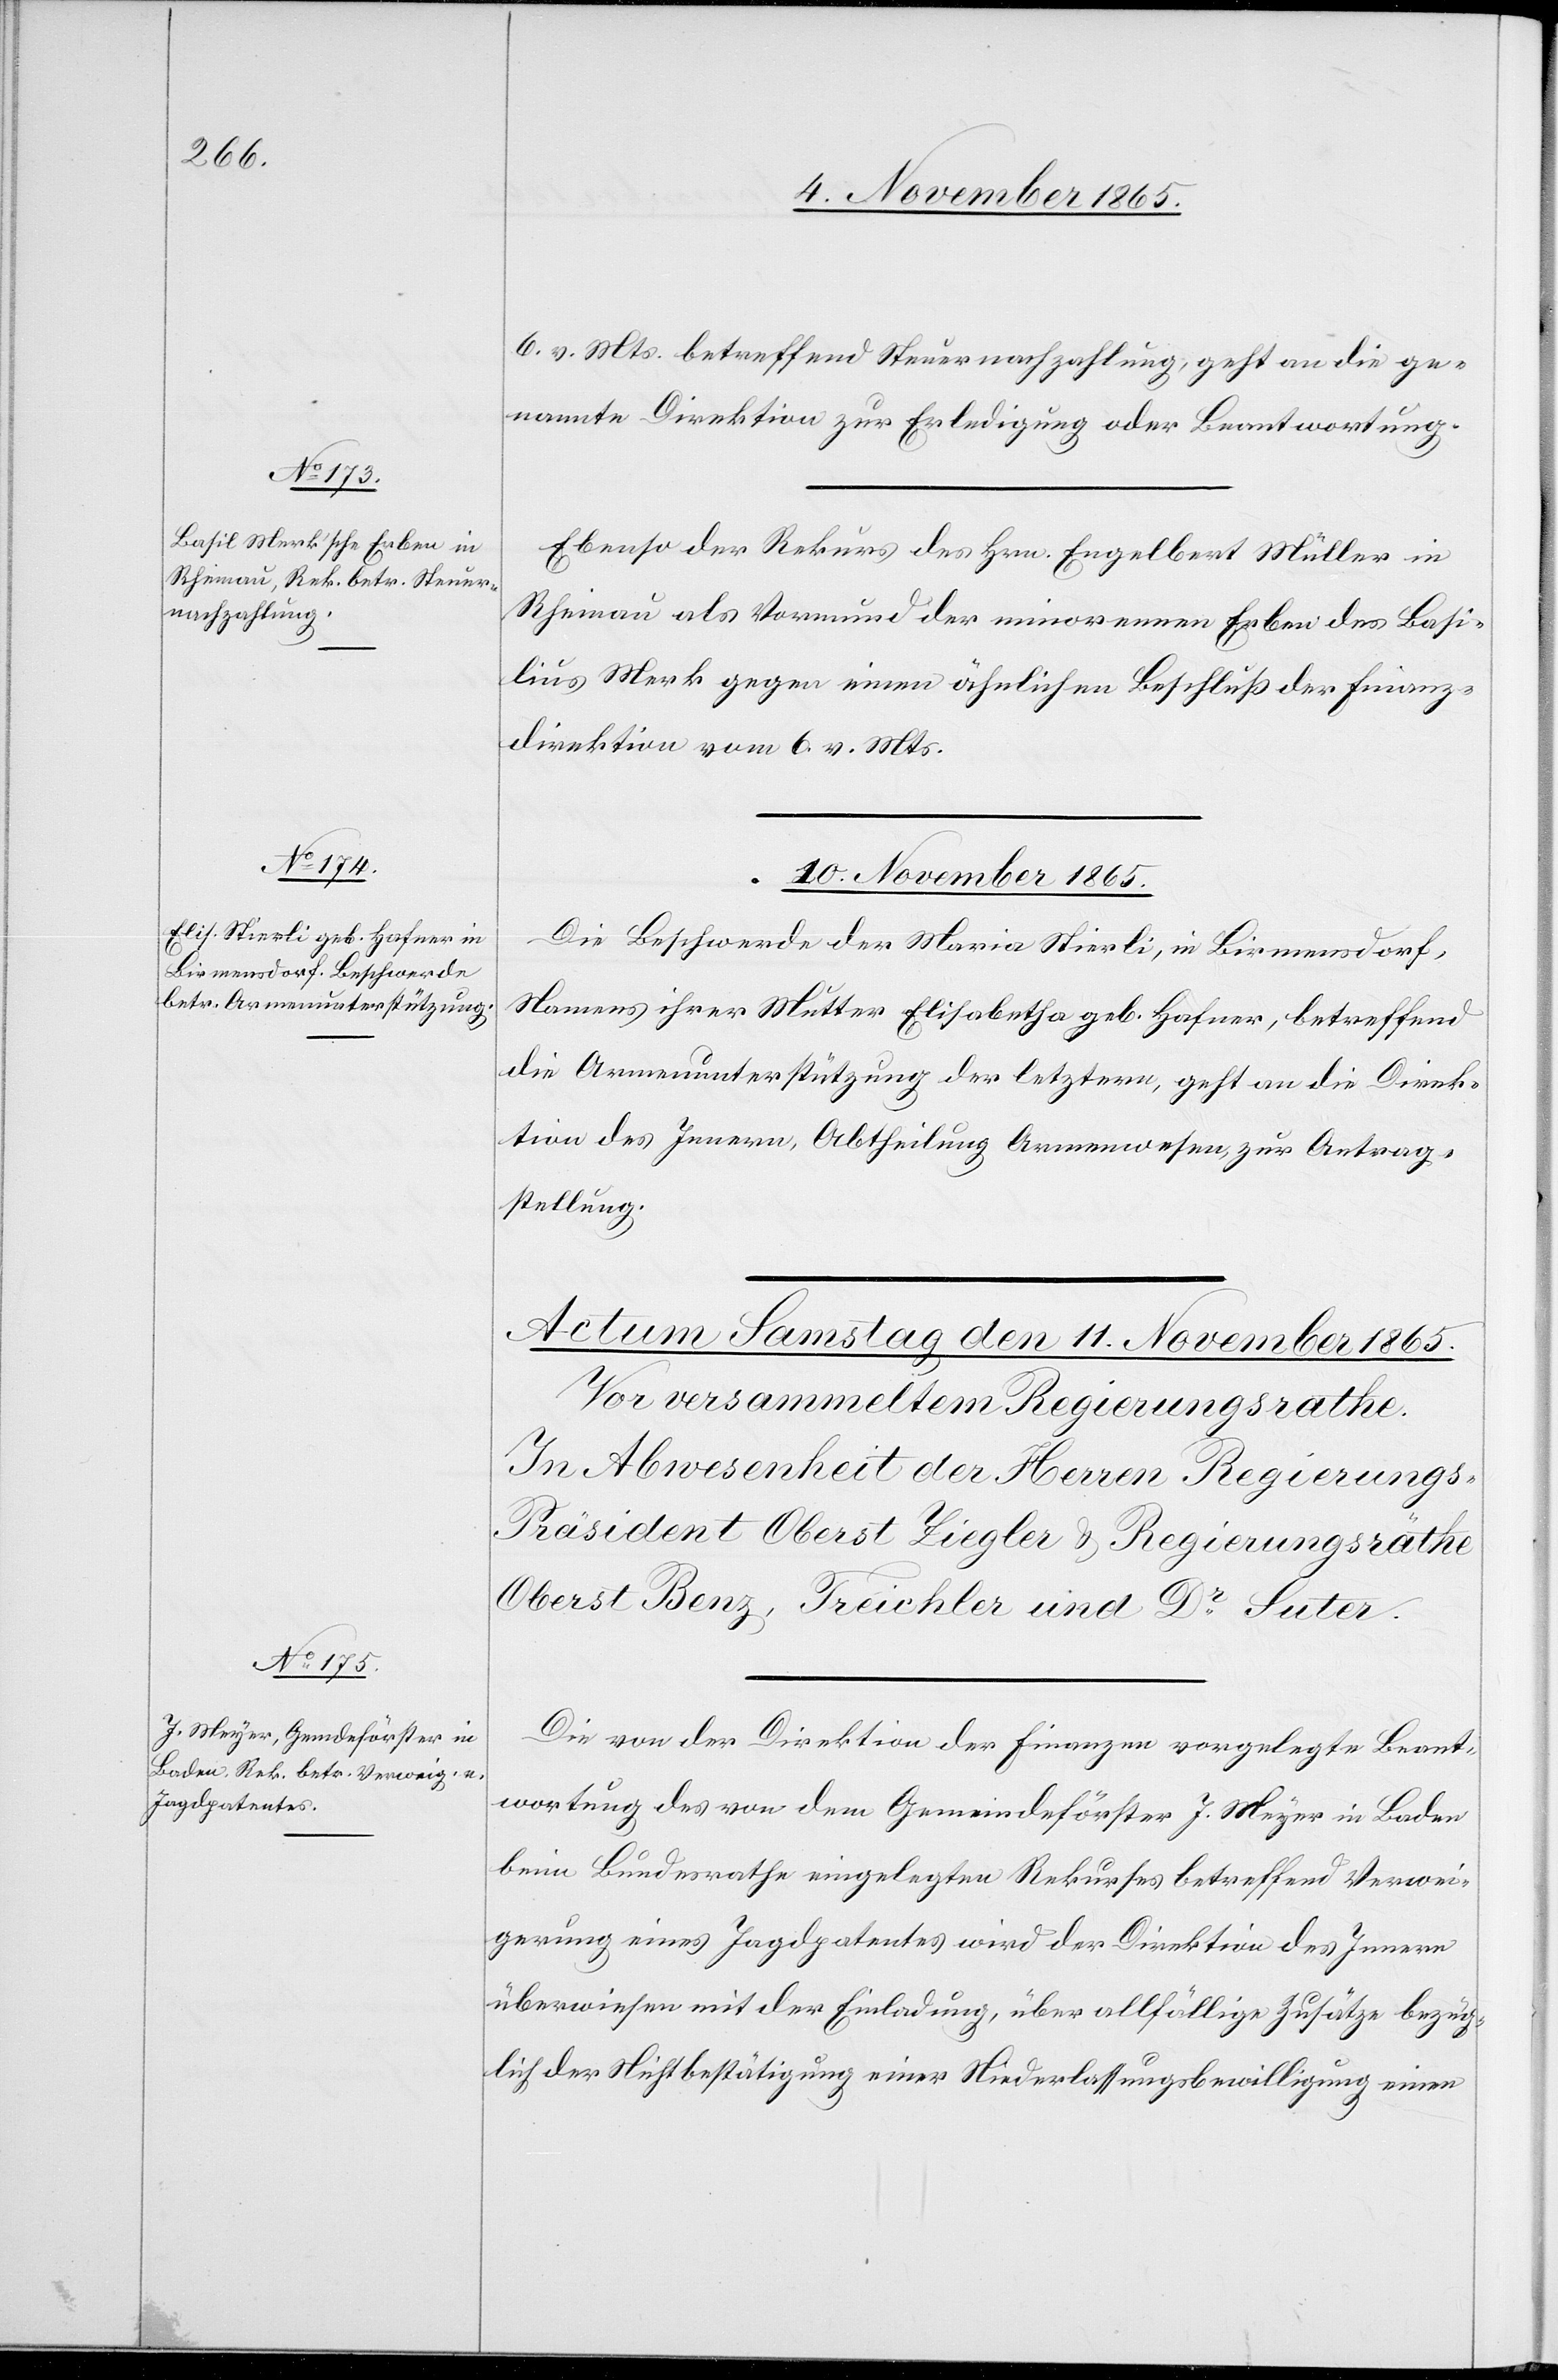
9. November 1865.]
6. v. Mts. betreffend Steuernachzahlung, geht an die ge¬
nannte Direktion zur Erledigung oder Beantwortung.
Ebenso der Rekurs des Hrn. Engelbert Müller in
Rheinau als Vormund der minorennen Erben des Basi¬
lius Merk gegen einen ähnlichen Beschluß der Finanz¬
direktion vom 6. v. Mts.
10. November 1865.
Die Beschwerde der Maria Stierli, in Birmensdorf,
Namens ihrer Mutter Elisabetha geb. Hafner, betreffend
die Armenunterstützung der letztern, geht an die Direk¬
tion des Innern, Abtheilung Armenwesen, zur Antrag¬
stellung.
Die von der Direktion der Finanzen vorgelegte Beant¬
wortung des von dem Gemeindeförster J. Meyer in Baden
beim Bundesrathe eingelegten Rekurses betreffend Verwei¬
gerung eines Jagdpatentes wird der Direktion des Innern
überwiesen mit der Einladung, über allfällige Zusätze bezüg¬
lich der Nichtbestätigung einer Niederlassungsbewilligung einen